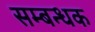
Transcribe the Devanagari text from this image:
सम्बन्धक